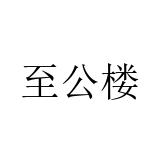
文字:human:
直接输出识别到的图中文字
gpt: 至公楼